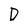
Character: D